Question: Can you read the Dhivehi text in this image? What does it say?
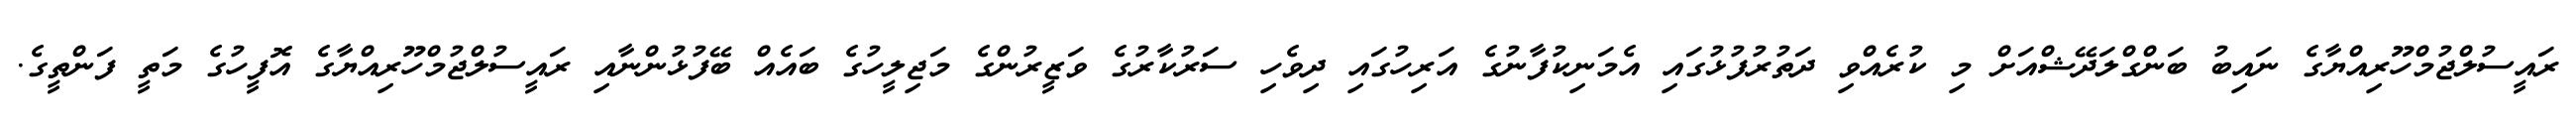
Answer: ރައީސުލްޖުމްހޫރިއްޔާގެ ނައިބު ބަންގްލަދޭޝްއަށް މި ކުރެއްވި ދަތުރުފުޅުގައި އެމަނިކުފާނުގެ އަރިހުގައި ދިވެހި ސަރުކާރުގެ ވަޒީރުންގެ މަޖިލީހުގެ ބައެއް ބޭފުޅުންނާއި ރައީސުލްޖުމްހޫރިއްޔާގެ އޮފީހުގެ މަތީ ފަންތީގެ.